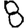
Digit: 8